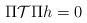
LaTeX: \begin{align*} \Pi \mathcal{T} \Pi h = 0\end{align*}